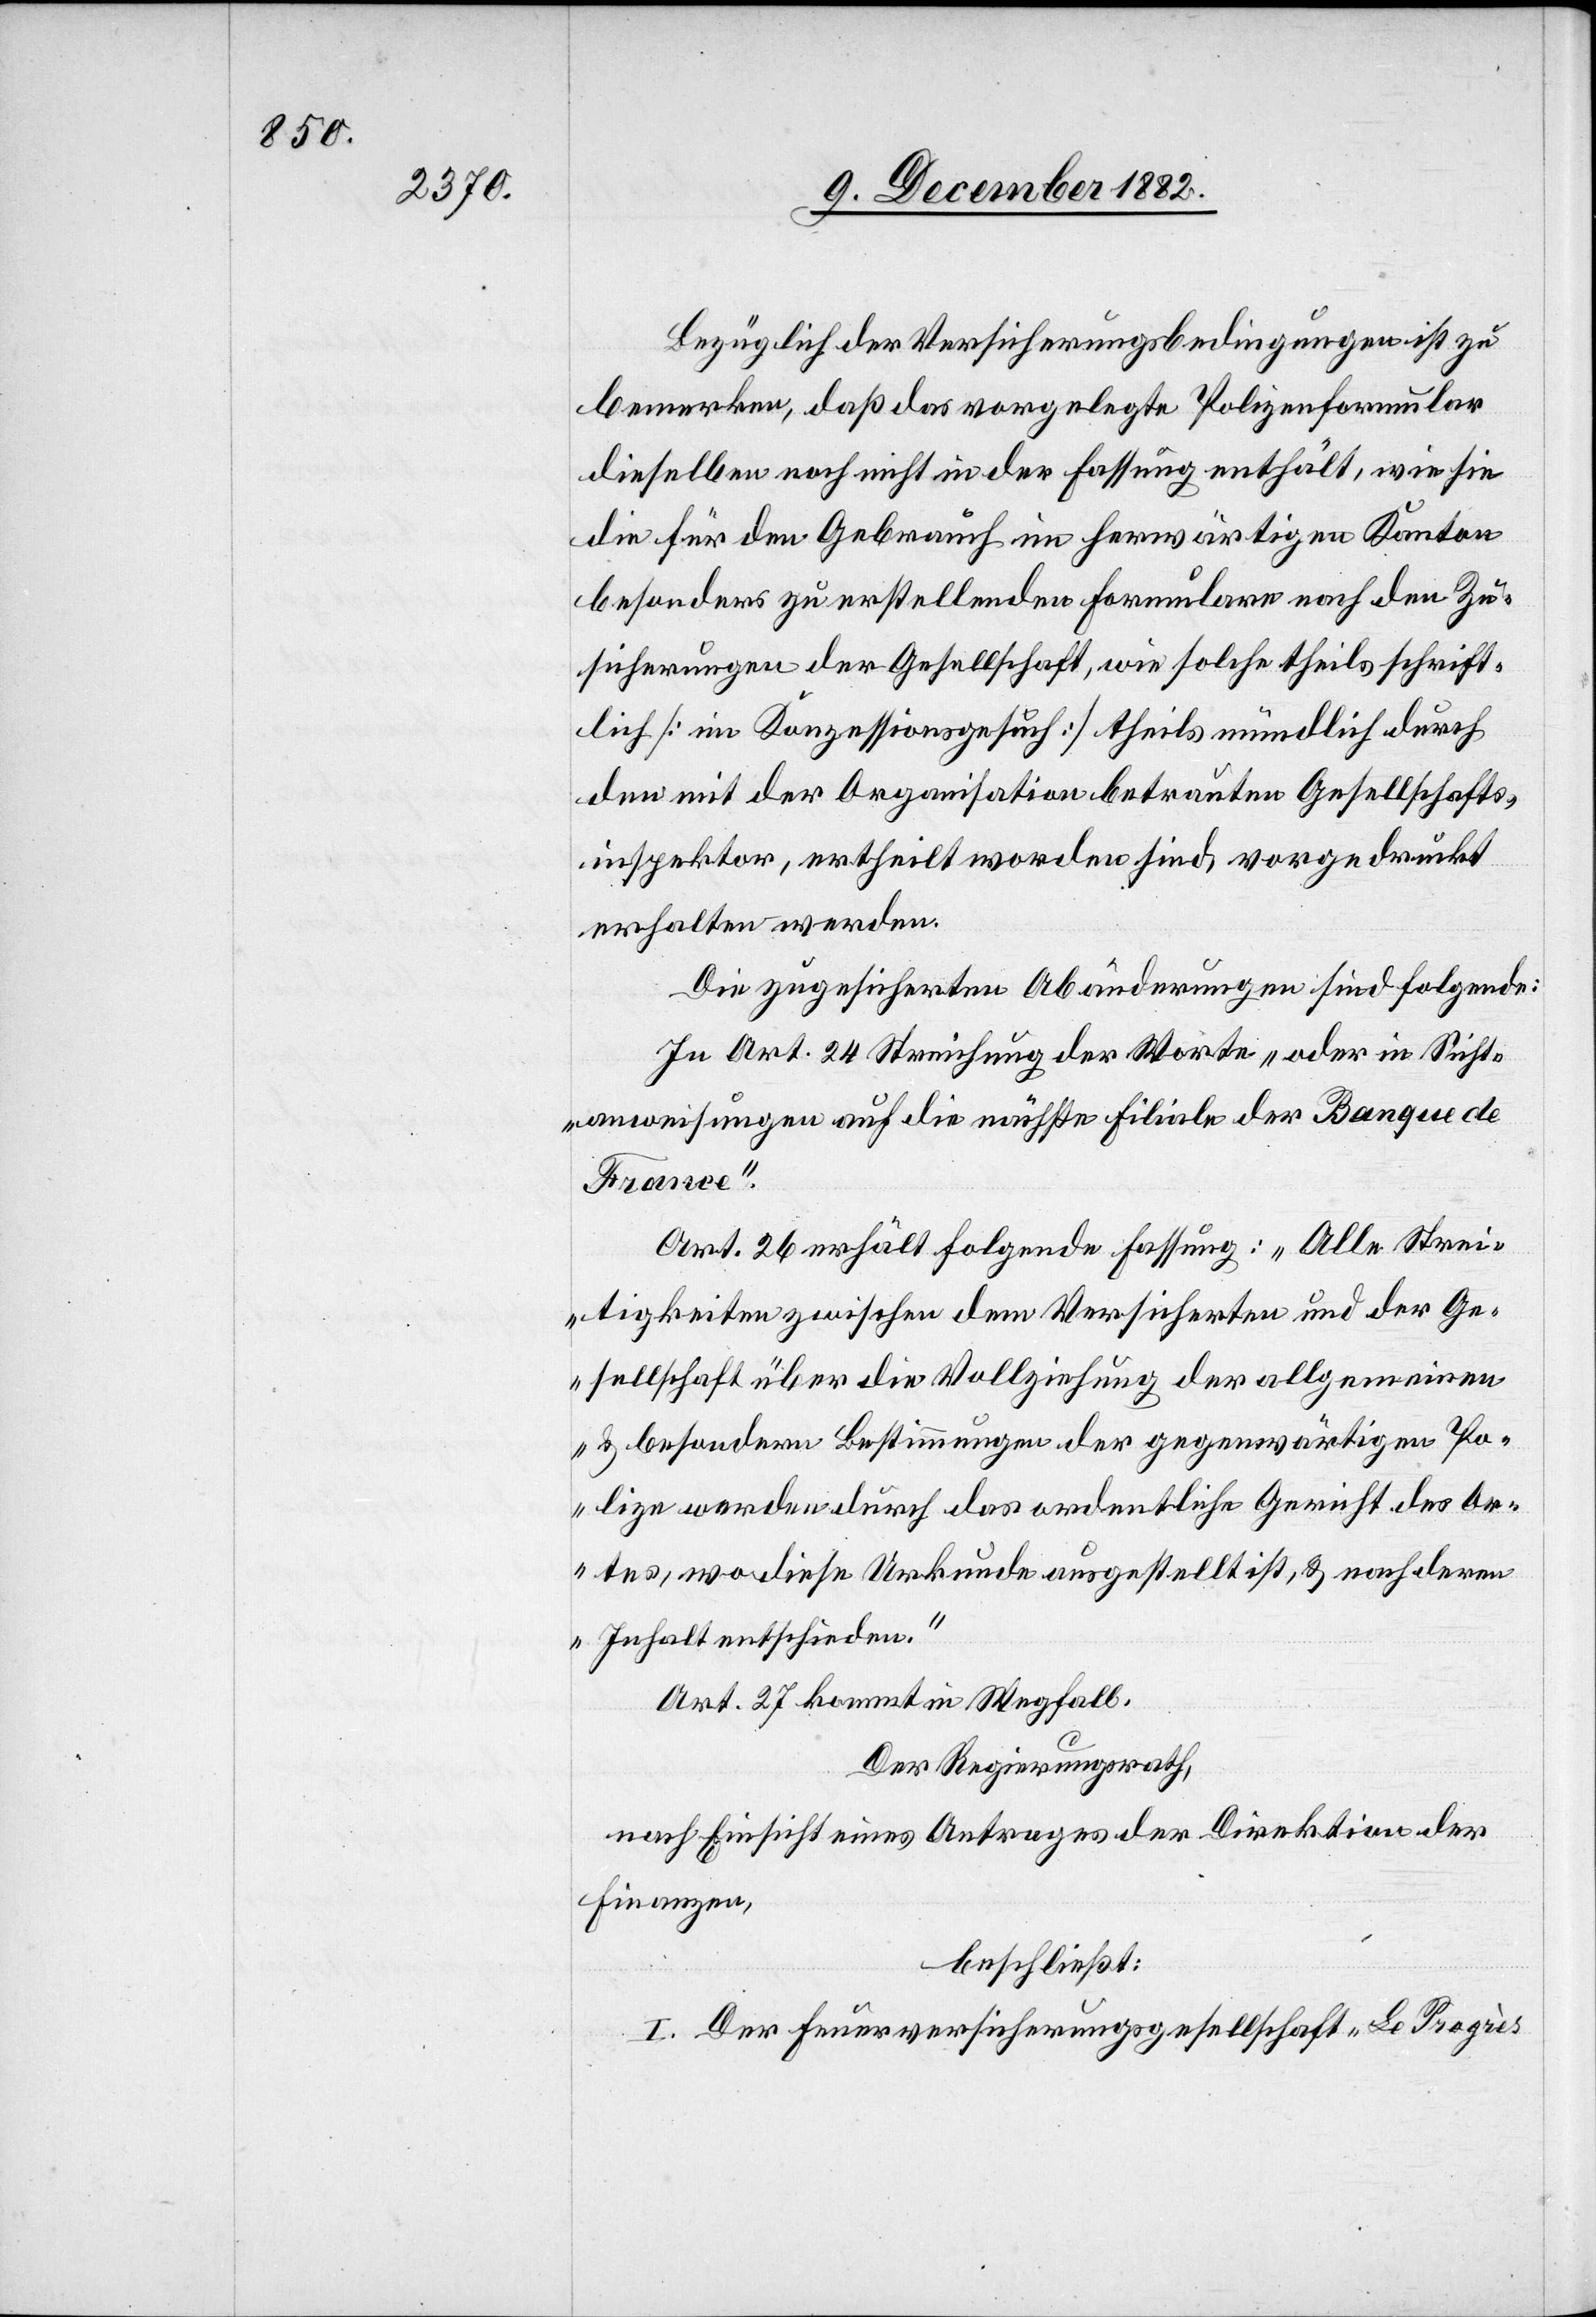
Bezüglich der Versicherungsbedingungen ist zu
bemerken, daß das vorgelegte Polizenformular
dieselben noch nicht in der Fassung enthält, wie sie
die für den Gebrauch im herwärtigen Kanton
besonders zu erstellenden Formulare nach den Zu¬
sicherungen der Gesellschaft, wie solche theils schrift¬
lich [im Konzessionsgesuch] theils mündlich durch
den mit der Organisation betrauten Gesellschafts¬
inspektor, ertheilt worden sind, vorgedruckt
erhalten werden.
Die zugesicherten Abänderungen sind folgende:
In Art. 24 Streichung der Worte „oder in Sicht¬
anweisungen auf die nächste Filiale der Banque de
France“.
Art. 26 erhält folgende Fassung: „Alle Strei¬
tigkeiten zwischen dem Versicherten und der Ge¬
sellschaft über die Vollziehung der allgemeinen
& besondern Bestimmungen der gegenwärtigen Po¬
lize werden durch das ordentliche Gericht des Or¬
tes, wo diese Urkunde ausgestellt ist, & nach deren
Inhalt entschieden.“
Art. 27 kommt in Wegfall.
Der Regierungsrath,
nach Einsicht eines Antrages der Direktion der
Finanzen,
beschließt:
I. Der Feuerversicherungsgesellschaft „Le Progrès